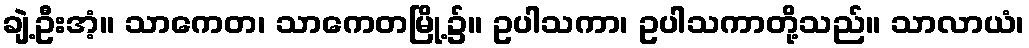
ချဲ့ဦးအံ့။ သာကေတ၊ သာကေတမြို့၌။ ဥပါသကာ၊ ဥပါသကာတို့သည်။ သာလာယံ၊